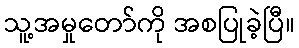
သူ့အမှုတော်ကို အစပြုခဲ့ပြီ။